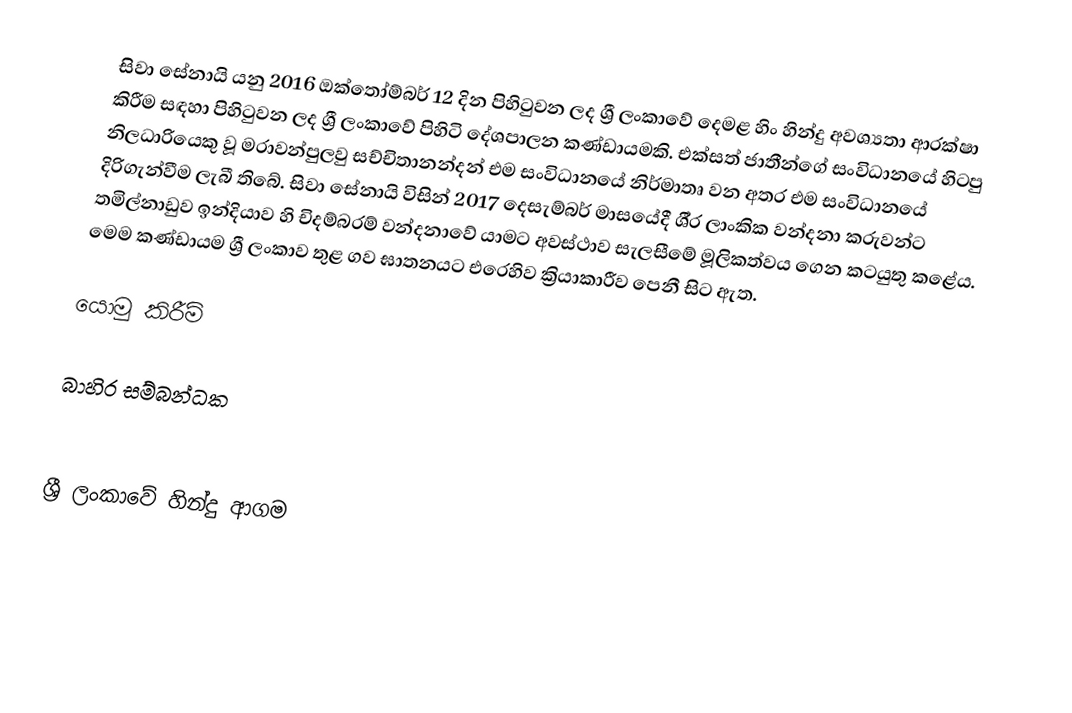
සිවා සේනායි යනු 2016 ඔක්තෝම්බර් 12 දින පිහිටුවන ලද ශ්‍රී ලංකාවේ දෙමළ හිං හින්දු අවශ්‍යතා ආරක්ෂා කිරීම සඳහා පිහිටුවන ලද ශ්‍රී ලංකාවේ පිහිටි දේශපාලන කණ්ඩායමකි. එක්සත් ජාතීන්ගේ සංවිධානයේ හිටපු නිලධාරියෙකු වූ මරාවන්පුලවු සච්චිතානන්දන් එම සංවිධානයේ නිර්මාතෘ වන අතර එම සංවිධානයේ දිරිගැන්වීම ලැබී තිබේ. සිවා සේනායි විසින් 2017 දෙසැම්බර් මාසයේදී ශී‍්‍ර ලාංකික වන්දනා කරුවන්ට තමිල්නාඩුව ඉන්දියාව හි චිදම්බරම් වන්දනාවේ යාමට අවස්ථාව සැලසීමේ මූලිකත්වය ගෙන කටයුතු කළේය. මෙම කණ්ඩායම ශ්‍රී ලංකාව තුළ ගව ඝාතනයට එරෙහිව ක්‍රියාකාරීව පෙනී සිට ඇත.

යොමු කිරීම්

බාහිර සම්බන්ධක

ශ්‍රී ලංකාවේ හින්දු ආගම